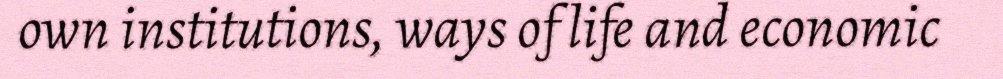
own institutions, ways of life and economic